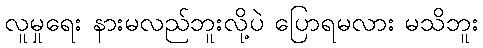
လူမှုရေး နားမလည်ဘူးလို့ပဲ ပြောရမလား မသိဘူး